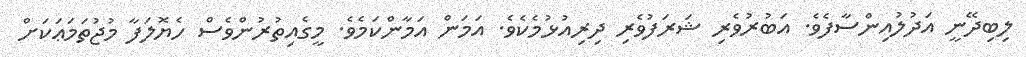
ލިބިދޭނީ އަދުލުއިންސާފެވެ. އަބުރުވެރި ޝަރަފުވެރި ދިރިއުޅުމެކެވެ. އަމަން އަމާންކަމެވެ. މީގެއިތުރުންވެސް ހެޔޮލަފާ މުޖުތަމަޢަކަށް